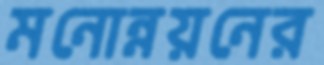
মনোন্নয়নের